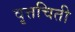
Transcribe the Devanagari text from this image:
वृत्तचिती